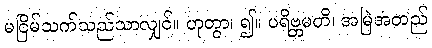
မငြိမ်သက်သည်သာလျှင်။ ဟုတွာ၊ ၍။ ပရိဗ္ဘမတိ၊ အမြဲအတည်